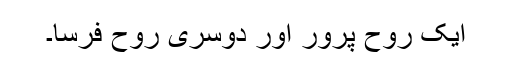
ایک روح پرور اور دوسری روح فرسا۔